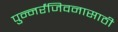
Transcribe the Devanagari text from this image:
पुन्नर्रंजिवनासाठी